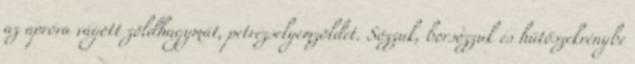
az apróra vágott zöldhagymát, petrezselyemzöldet. Sózzuk, borsozzuk és hűtőszekrénybe